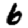
Digit: 6